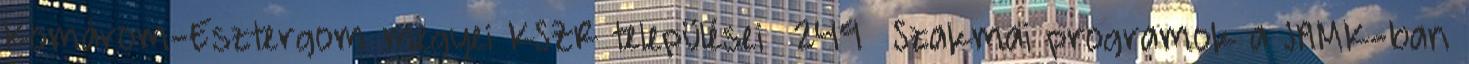
Komárom-Esztergom megyei KSZR települései 249 Szakmai programok a JAMK-ban